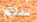
سلام